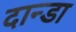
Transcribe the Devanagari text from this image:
दान्डा